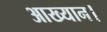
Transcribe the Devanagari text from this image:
आख्यान।